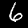
Label: 6